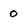
Character: 0